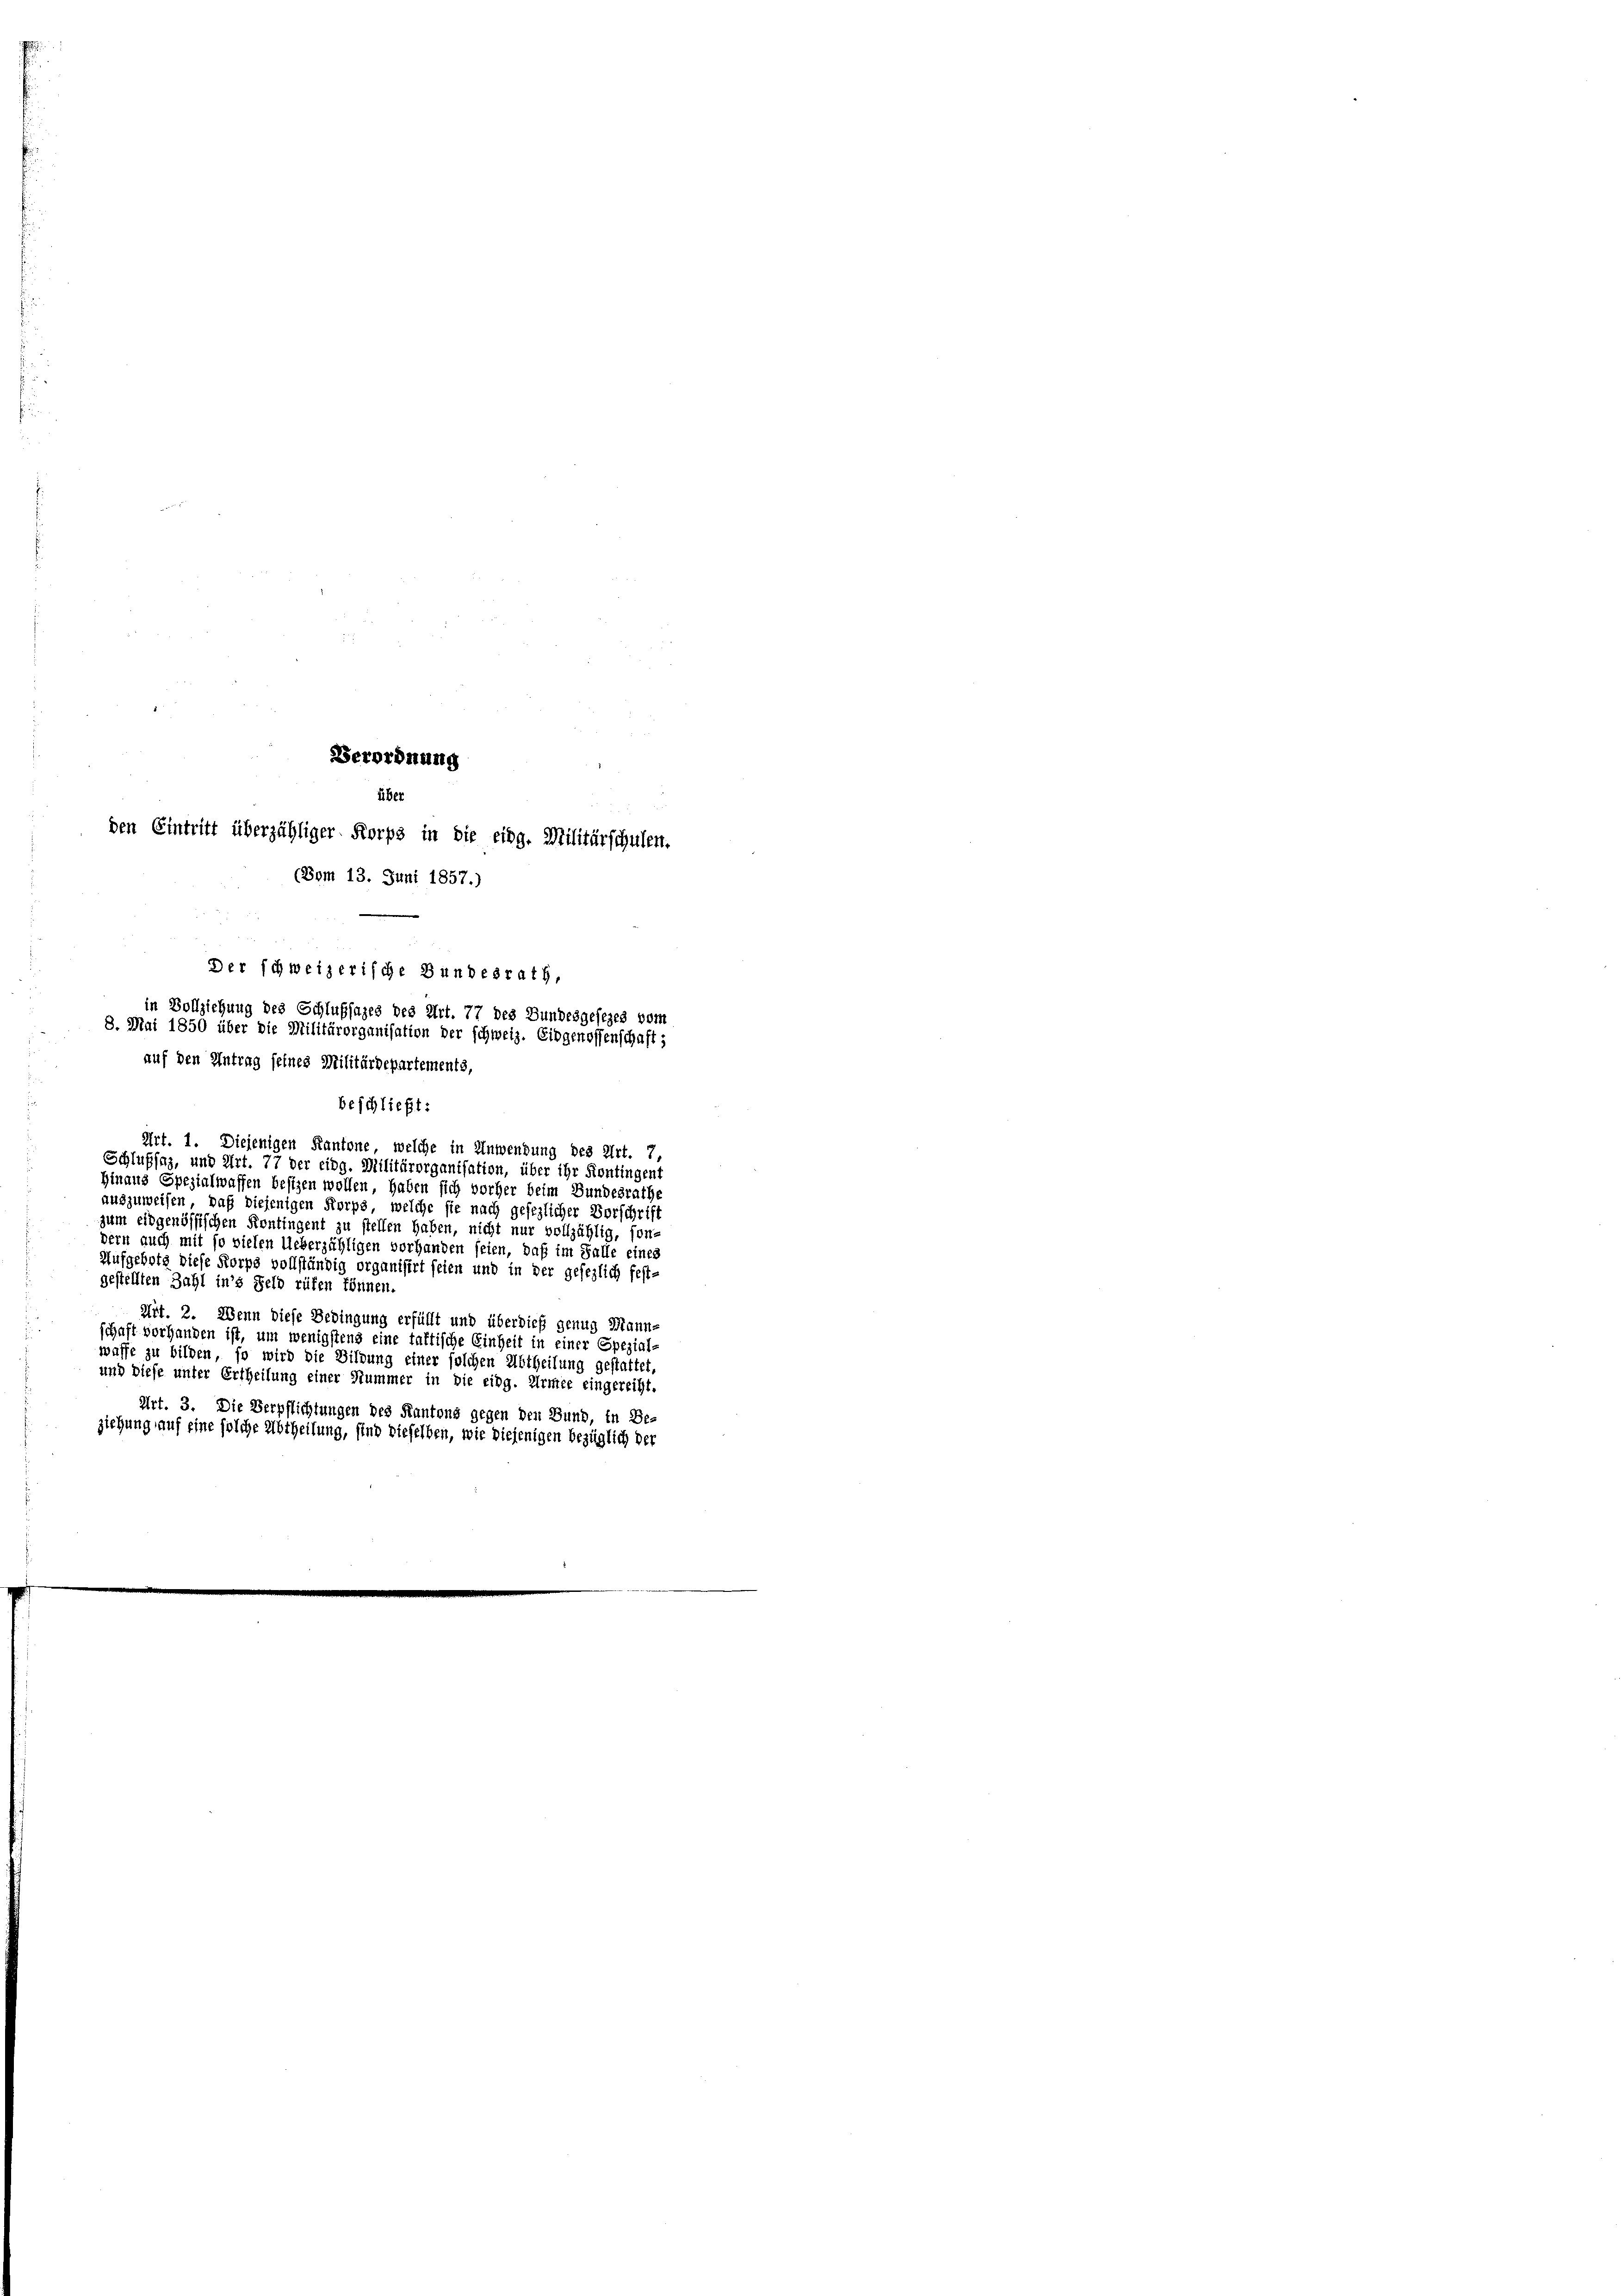
Verordnung
über
den Eintritt überzähliger Korps in die eidg. Militärschulen.
(Bem 13. Juni 1857.)
Der schweizerische Bundesrath,
in Vollziehung des Schlußsages des Art. 77 des Bundesgesezes vom
8. Mai 1850 über die Militärorganisation der schweiz. Eidgenossenschaft;
auf den Antrag seines Militärdepartements,
beschließt:

Art. 1. Diejenigen Kantone, welche in Anwendung des Art. 7,
Schlußsaz, und Art. 77 der eidg. Militärorganisation, über ihr Kontingent
Hinaus Spezialwaffen besizen wollen, haben sich vorher beim Bundesrathe
auszuweisen, was diejenigen Korps, welche sie nach gesezlicher Vorschrift
zum eidgenössischen Kontingent zu stellen haben, nicht nur vollzählig, son-
dern auch mit so vielen Ueberzähligen vorhanden seien, daß im Falle eines
Hufgebots diese Korps vollständig organisirt seien und in der gesezlich fest-
gestellten Zahl in’s Feld rüfen können.
Mit. 2. Wenn diese Bedingung erfüllt und überdieß genug Mann-
schaft vorhanden ist, um wenigstens eine taktische Einheit in einer Spezial-
waffe zu bilden, so wird die Wildung einer solchen Abtheilung gestattet,
und diese unter Ertheilung einer Stummer in die eidg. Armee eingereiht.
Art. 3. Die Verpflichtungen des Kantons gegen den Bund, in Be-
ziehung auf eine solche Abtheilung, sind dieselben, wie diejenigen bezüglich der